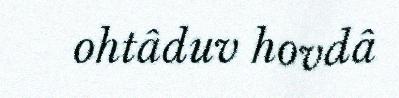
ohtâduv hovdâ